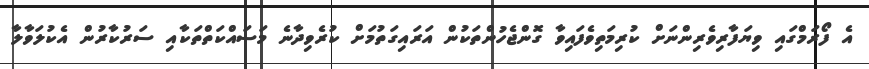
އެ ފޯރަމްގައި ވިޔަފާރިވެރިންނަށް ކުރިމަތިވެފައިވާ ގޮންޖެހުންތަކުން އަރައިގަތުމަށް ކުރެވިދާނެ މަސައްކަތްތަކާއި ސަރުކާރުން އެކުލަވާލާ